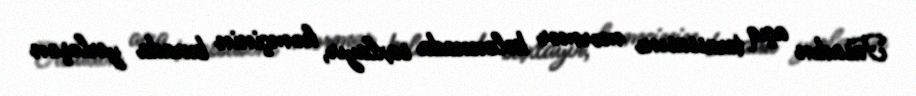
Fasadın açıq terassasını mərmər kolonnada saxlayır, həmçinin burada yerləşən